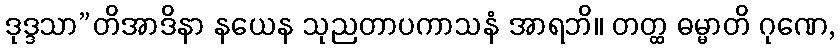
ဒုဒ္ဒသာ”တိအာဒိနာ နယေန သုညတာပကာသနံ အာရဘိ။ တတ္ထ ဓမ္မာတိ ဂုဏေ,